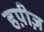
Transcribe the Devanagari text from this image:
हप़ीज़